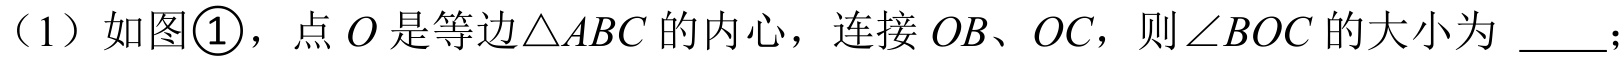
（1）如图\textcircled{1}，点\(O\)是等边\(\triangle ABC\)的内心，连接\(OB\)、\(OC\)，则\(\angle BOC\)的大小为 \_\_\_；